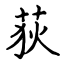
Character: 荻